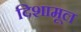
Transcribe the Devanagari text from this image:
दिशामूल